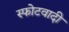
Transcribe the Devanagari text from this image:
स्फोटवादी